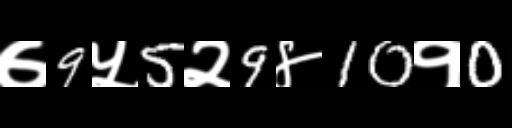
Text: ७9५5२9४10१0